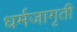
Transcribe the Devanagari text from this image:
धर्मजागृती